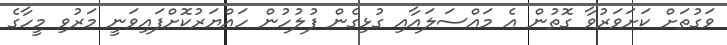
ވަގުތަށް ކަށަވަރުވާ ގޮތުން އެ މައްސަލައާއި ގުޅިގެން ފުލުހުން ހައްޔަރުކޮށްފައިވަނީ މަރުވި މީހާގެ